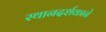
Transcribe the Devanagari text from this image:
स्थानदर्शकाने